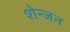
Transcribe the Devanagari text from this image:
शेन्जन